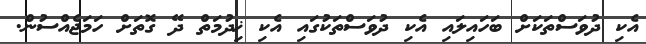
އެކި ދުވަސްތަކަށް ބަހައިލައި އެކި ދުވަސްތަކުގައި އެކި ޚިދުމަތް ދޭ ގޮތަށް ހަމަޖެއްސުން.